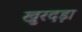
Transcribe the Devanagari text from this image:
खुरदड़ा